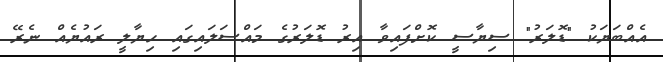
އެއްބަޔަކު "ޑޮލަރު" ސިޔާސީ ކޮށްފައިވާ އިރު ޑޮލަރުގެ މައްސަލައިގައި ހިޔާލީ ރައުޔެއް ނެރޭ